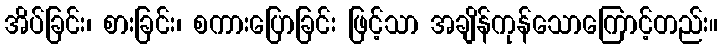
အိပ်ခြင်း၊ စားခြင်း၊ စကားပြောခြင်း ဖြင့်သာ အချိန်ကုန်သောကြောင့်တည်း။